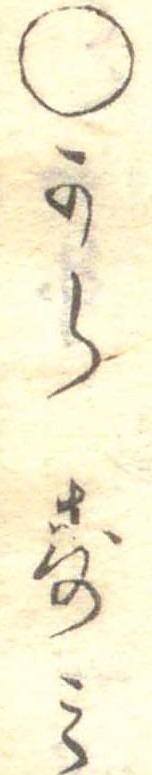
○からすみ